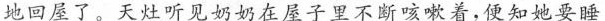
地回屋了。天灶听见奶奶在屋子里不断咳嗽看，便知她要睡